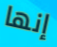
إنها